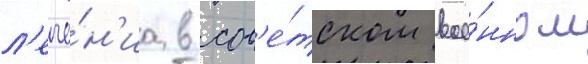
л'ече́н'иа в сов'е́тском вое́нном